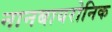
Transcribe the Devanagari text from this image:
नानबायरोनिक